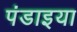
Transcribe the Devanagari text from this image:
पंडाइया